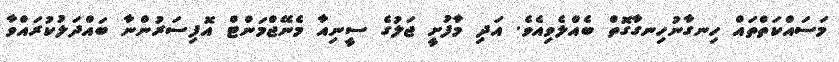
މަސައްކަތްތައް ހިނގާނުހިނގާގޮތް ބެއްލެވިއެވެ. އަދި މާފުށީ ޖަލުގެ ސީނިއާ މެނޭޖްމަންޓް އޮފިސަރުންނާ ބައްދަލުކުރައްވާ